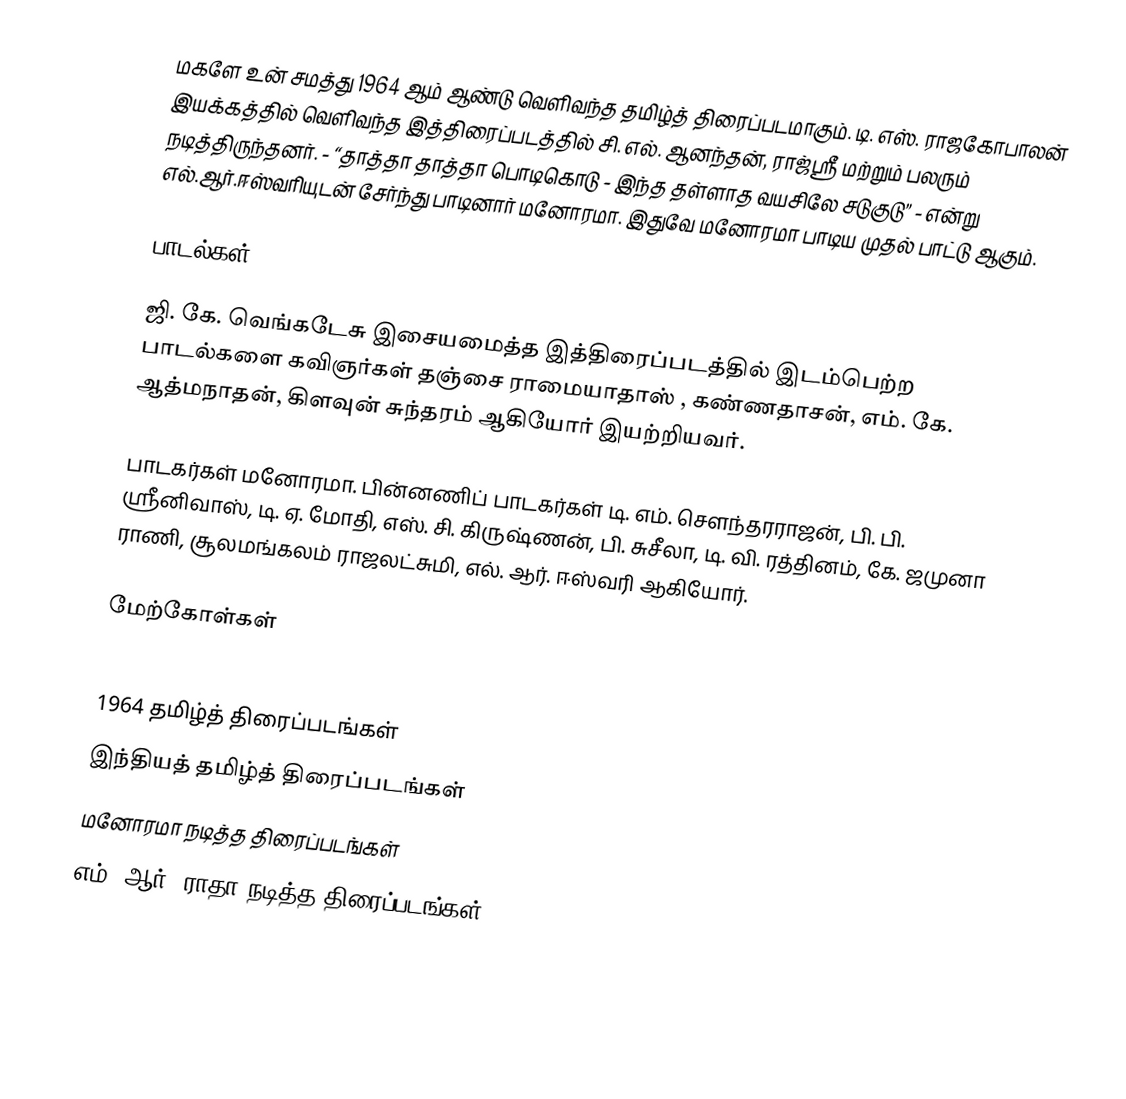
மகளே உன் சமத்து 1964 ஆம் ஆண்டு வெளிவந்த தமிழ்த் திரைப்படமாகும். டி. எஸ். ராஜகோபாலன் இயக்கத்தில் வெளிவந்த இத்திரைப்படத்தில் சி. எல். ஆனந்தன், ராஜ்ஸ்ரீ மற்றும் பலரும் நடித்திருந்தனர்.  - “தாத்தா தாத்தா பொடிகொடு - இந்த தள்ளாத வயசிலே சடுகுடு” - என்று எல்.ஆர்.ஈஸ்வரியுடன் சேர்ந்து பாடினார் மனோரமா. இதுவே மனோரமா பாடிய முதல் பாட்டு ஆகும்.

பாடல்கள்

ஜி. கே. வெங்கடேசு இசையமைத்த இத்திரைப்படத்தில் இடம்பெற்ற பாடல்களை கவிஞர்கள் தஞ்சை ராமையாதாஸ் , கண்ணதாசன், எம். கே. ஆத்மநாதன், கிளவுன் சுந்தரம் ஆகியோர் இயற்றியவர்.

பாடகர்கள்  மனோரமா. பின்னணிப் பாடகர்கள் டி. எம். சௌந்தரராஜன், பி. பி. ஸ்ரீனிவாஸ், டி. ஏ. மோதி, எஸ். சி. கிருஷ்ணன், பி. சுசீலா, டி. வி. ரத்தினம், கே. ஜமுனா ராணி,  சூலமங்கலம் ராஜலட்சுமி, எல். ஆர். ஈஸ்வரி ஆகியோர்.

மேற்கோள்கள்

1964 தமிழ்த் திரைப்படங்கள்
இந்தியத் தமிழ்த் திரைப்படங்கள்
மனோரமா நடித்த திரைப்படங்கள்
எம். ஆர். ராதா நடித்த திரைப்படங்கள்